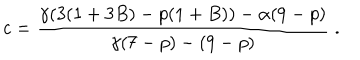
LaTeX: c = \frac { \gamma ( 3 ( 1 + 3 B ) - p ( 1 + B ) ) - \alpha ( 9 - p ) } { \gamma ( 7 - p ) - ( 9 - p ) } \; .